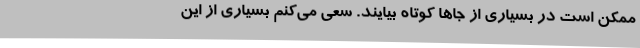
ممکن است در بسیاری از جاها کوتاه بیایند. سعی می‌کنم بسیاری از این